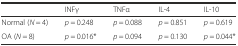
<table><thead><tr><td></td><td><b>INFγ</b></td><td><b>TNFα</b></td><td><b>IL-4</b></td><td><b>IL-10</b></td></tr></thead><tbody><tr><td>Normal (<i>N</i> = 4)</td><td><i>p</i> = 0.248</td><td><i>p</i> = 0.088</td><td><i>p</i> = 0.851</td><td><i>p</i> = 0.619</td></tr><tr><td>OA (<i>N</i> = 8)</td><td><i>p</i> = 0.016*</td><td><i>p</i> = 0.094</td><td><i>p</i> = 0.130</td><td><i>p</i> = 0.044*</td></tr></tbody></table>